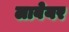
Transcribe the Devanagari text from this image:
लाबेयर